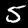
Digit: 5